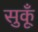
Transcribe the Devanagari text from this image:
सुकूँ